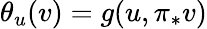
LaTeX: \theta_{u}(v)=g(u,\pi_{*}v)